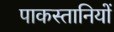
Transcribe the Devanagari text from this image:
पाकस्तानियों